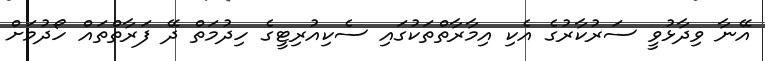
އޭނާ ވިދާޅުވީ ސަރުކާރުގެ އެކި އިމާރާތްތަކުގައި ސެކިއުރިޓީގެ ހިދުމަތް ދޭ ފަރާތްތައް ހޯދުމަށް